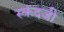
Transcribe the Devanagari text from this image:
स्कंदजी